Newspaper: Evansville daily journal.
Place of publication: Evansville, Ind.
Publisher: Evansville Journal Co.
Date: 1865-12-28 00:00:00
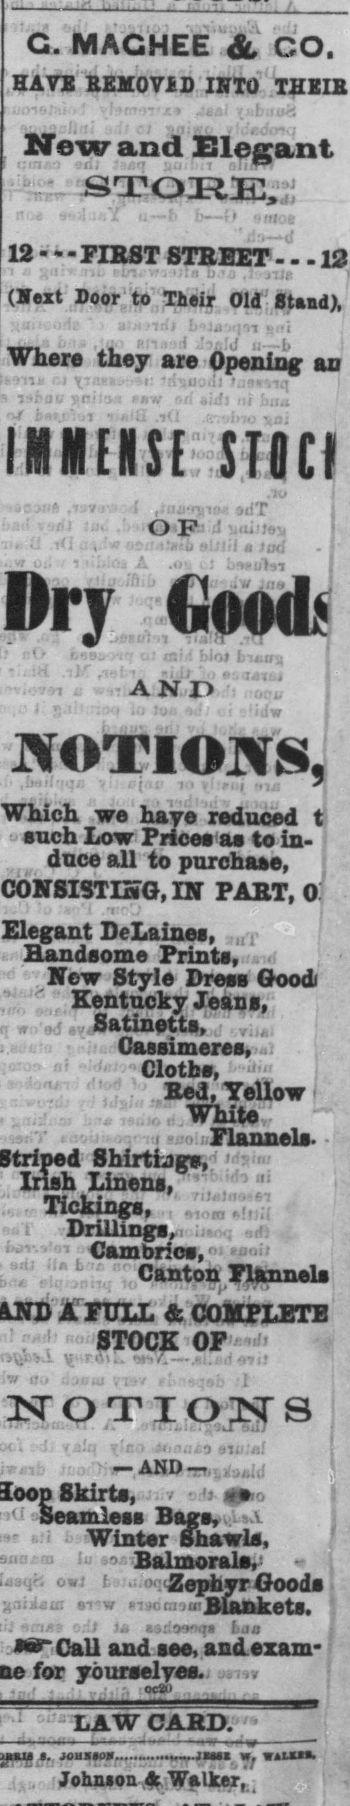
Advertisement text (OCR):
G. MACHEE CO. HAVE REMOViD INTO THEIR No w and 231egant :;;;';i63koa:! 12 - - - FIRST STREET . 12 (Next Door' to Their Old-Stand). . ; . - i v - , i ' . . '. .. t. i Where they are Opening an i i i .i'.ii.:.:; -t. ! i '.- J' VI"' ' : (' r.fi' oiil i;( l-dDEfrSESTjCf Which we hay e reduced t sucn liOw Trices as to in- j , dnce all to purchase, t CONSISTING, IK" PART, o: ... , ! "I .- j TM . -? Handsome Prints,' r.i . iiuw oiyio aress uooqi ; Kentucky Jean s, r ,'9-s .Satinetts,"j", ' '. Cassimeres, ; : .Cloths, i Red, Yellow I ..; White; - - i . Flannels. - Shirts CIS. '' 1 1 : i j.risn lmenss Tickines, .,' J.l.f ! i Drillings,, .,. ,i;v-''.':'T ( Cambrics, n !if . . Canton Flannels toll ;icoiipiOTE STOCK F '.. Mi I, OF '' NOTIONS Skirts, o Seamless Rags, ;ua i- Winter Shawls, ju BalmoralSr' 0"1 t r:Zephyr Goods 'rt ii-it.: ai-vr i ic w jaiUlailketSs 1 c.l ii a iixvnq I jo Call and see. acdexam- for ydurselyes.j : LAW CARD. ., oasso......H.,jns w. tuus. .. . , Johnson Walker,.; .-. . ,::i;!'.-'f-.' j,iT j j ,j , fi-.-i. a !,-;i . ,, . ; - : .' .. ; .... - ! TTht-ww ::' - iTi Jl J ..... 7 .-T ' ' '- ' - ' ' f l-t.uj 5 AND : ' : ' ' -i ; . j
Label: text-only